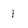
Character: 1